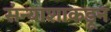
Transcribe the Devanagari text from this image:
संन्याशाकडून